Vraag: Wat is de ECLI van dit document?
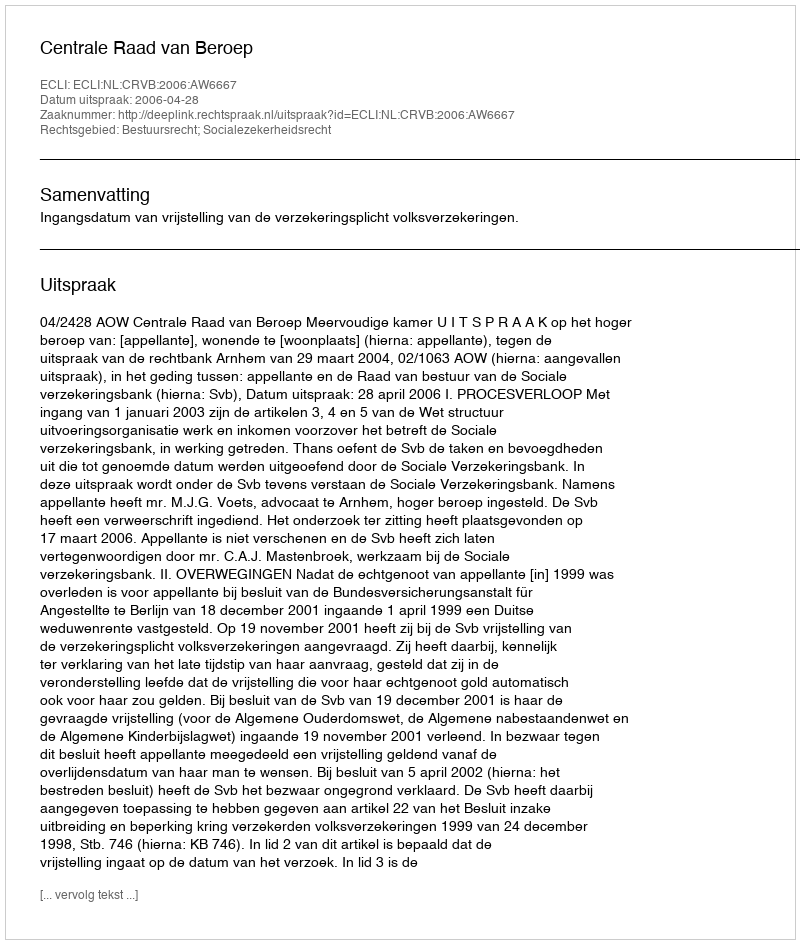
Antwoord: ECLI:NL:CRVB:2006:AW6667